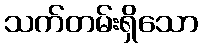
သက်တမ်းရှိသော